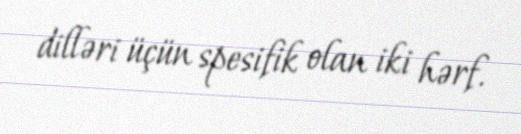
dilləri üçün spesifik olan iki hərf.